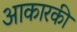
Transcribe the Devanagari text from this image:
आकारकी